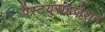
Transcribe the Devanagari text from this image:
पैस्टयुराइज़ेशन